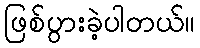
ဖြစ်ပွားခဲ့ပါတယ်။